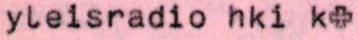
yleisradio hki k+